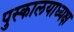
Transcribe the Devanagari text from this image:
पुस्कालयाध्यक्ष